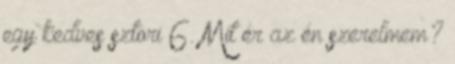
egy kedves sztori 6. Mit ér az én szerelmem?